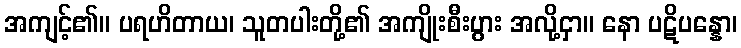
အကျင့်၏။ ပရဟိတာယ၊ သူတပါးတို့၏ အကျိုးစီးပွား အလို့ငှာ။ နော ပဋိပန္နော၊